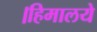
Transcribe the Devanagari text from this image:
।हिमालये